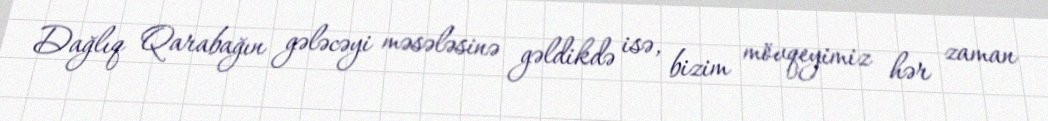
Dağlıq Qarabağın gələcəyi məsələsinə gəldikdə isə, bizim mövqeyimiz hər zaman